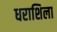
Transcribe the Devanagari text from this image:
धराशिला